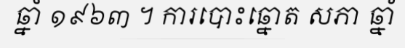
ឆ្នាំ ១៩៦៣ ។ ការបោះឆ្នោត សភា ឆ្នាំ